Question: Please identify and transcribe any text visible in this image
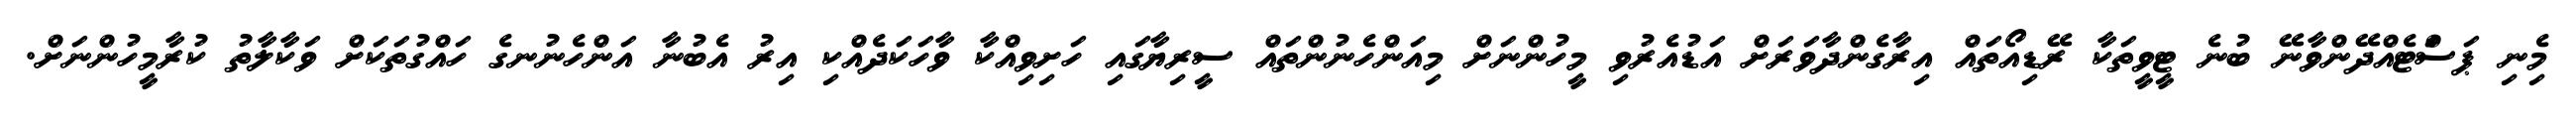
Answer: މިެނި ޕަސަްޓެއްދޭންވާނޭ ބުނެ ޓީވީތަކާ ރޭޑިއޯތައް އިރާގެންދާވަރަށް އަޑުއެރުވި މީހުންނަށް މިއަންހެނުންތައް ސީރިޔާގައި ހަށިވިއްކާ ވާހަކަދެއްކި އިރު އެބުނާ އަންހެނުނގެ ހައްގުތަކަށް ވަކާލާތު ކުރާމީހުންނަށް.